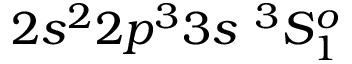
{ 2 s ^ { 2 } 2 p ^ { 3 } 3 s ~ ^ { 3 } S _ { 1 } ^ { o } }